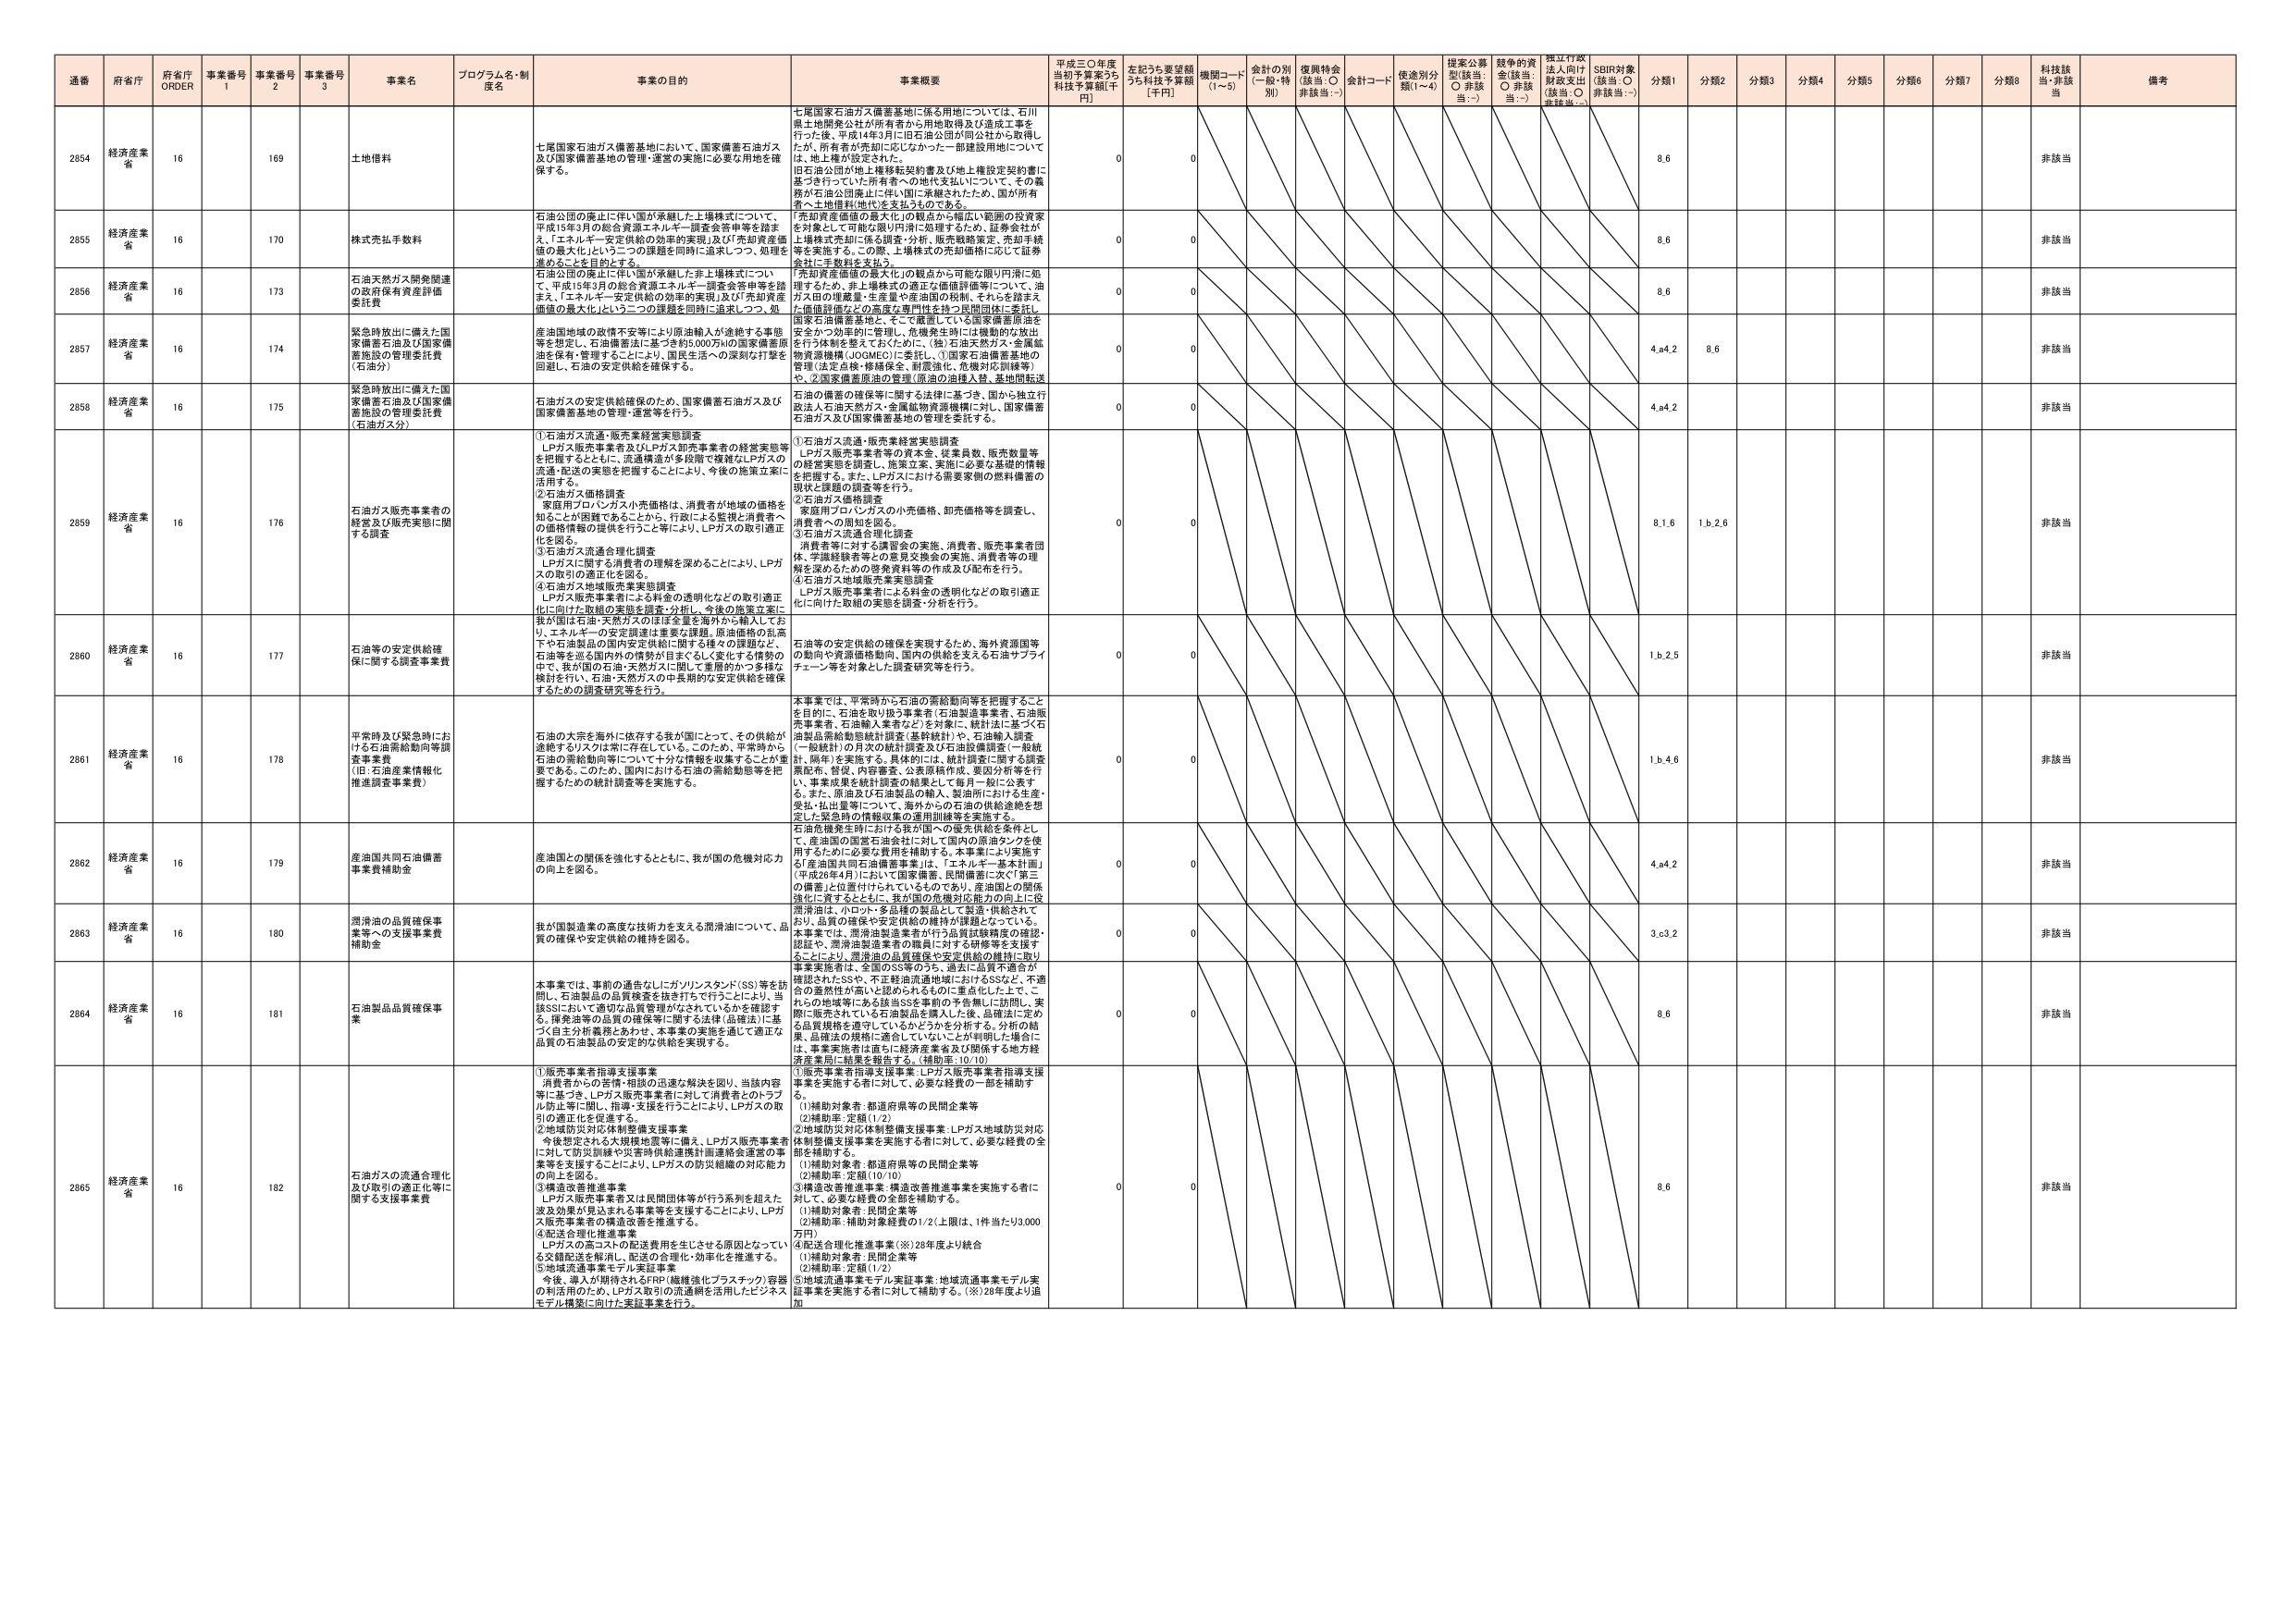
通番 府省庁 府省庁 ORDER 事業番号 1 事業番号 2 事業番号 3 事業名 プログラム名・制度名 事業の目的 事業概要 平成三〇年度当初予算案うち科技予算額[千円] 左記うち要望額うち科技予算額[千円] 機関コード(1~5) 会計の別(一般・特別) 復興特会(該当:○ 非該当:−) 会計コード 使途別分類(1~4) 提案公募型(該当:○ 非該当:−) 競争的資金(該当:○ 非該当:−) 独立行政法人向け財政支出(該当:○ 非該当:−) SDBI対象(該当:○ 非該当:−) 分類1 分類2 分類3 分類4 分類5 分類6 分類7 分類8 科技該当・非該当 備考

2854 経済産業省 16 169 土地借料 七尾国家石油ガス備蓄基地において、国家備蓄石油ガス及び国家備蓄基地の管理・運営の実施に必要な用地を確保する。 七尾国家石油ガス備蓄基地に係る用地については、石川県土地開発公社が所有者から用地取得及び造成工事を行った後、平成14年3月に旧石油公団が同公社から取得したが、所有者が先卸に応じなかった一部建設用地については、地上権が設定された。旧石油公団が地上権移転契約書及び地上権設定契約書に基づき行っていた所有者への地代支払いについて、その義務が石油公団廃止に伴い国に承継されたため、国が所有者へ土地借料(地代)を支払うものである。 0 0 8.6 非該当

2855 経済産業省 16 170 株式売却手数料 石油公団の廃止に伴い国が承継した上場株式について、平成15年3月の総合資源エネルギー調査会答申等を踏まえ、「エネルギー安定供給の効率的実現」及び「売却資産価値の最大化」という二つの課題を同時に追求しつつ、処理を進める。を目的とする。 「売却資産価値の最大化」の観点から幅広い範囲の投資家を対象として可能な限り円滑に処理するため、証券会社が上場株式売却に係る調査・分析、販売戦略策定、売却手続等を実施する。この際、上場株式の売却価格に応じて証券会社に手数料を支払う。 0 0 8.6 非該当

2856 経済産業省 16 173 石油天然ガス開発関連の政府保有資産評価委託費 石油公団の廃止に伴い国が承継した非上場株式について、平成15年3月の総合資源エネルギー調査会答申等を踏まえ、「エネルギー安定供給の効率的実現」及び「売却資産価値の最大化」という二つの課題を同時に追求しつつ、処理を進める。を目的とする。 「売却資産価値の最大化」の観点から可能な限り円滑に処理するため、非上場株式の適正な価値評価等について、油ガス田の埋蔵量・生産量や産油国の税制、それらを踏まえた価値評価などの高度な専門性を持つ民間団体に委託し、国家石油備蓄基地と、そこで蓄蔵している国家備蓄原油を安全かつ効率的に管理し、危機発生時には機動的な放出を行う体制を整えておくために、(独)石油天然ガス・金属鉱物資源機構(JOGMEC)に委託し、①国家石油備蓄基地の管理(法定点検・修繕保全、耐震強化、危機対応訓練等)、②国家備蓄原油の管理(原油の油種入替、基地間転送 0 0 8.6 非該当

2857 経済産業省 16 174 緊急時放出に備えた国家備蓄石油及び国家備蓄施設の管理委託費(石油分) 産油国地域の政情不安等により原油輸入が途絶する事態等を想定し、石油備蓄法に基づき約5,000万klの国家備蓄原油を保有・管理することにより、国民生活への深刻な打撃を回避し、石油の安定供給を確保する。 石油の備蓄の確保等に関する法律に基づき、国から独立行政法人石油天然ガス・金属鉱物資源機構に対し、国家備蓄石油ガス及び国家備蓄基地の管理を委託する。 0 0 4.a4.2 8.6 非該当

2858 経済産業省 16 175 緊急時放出に備えた国家備蓄石油及び国家備蓄施設の管理委託費(石油ガス分) 石油ガスの安定供給確保のため、国家備蓄石油ガス及び国家備蓄基地の管理・運営等を行う。 石油の備蓄の確保等に関する法律に基づき、国から独立行政法人石油天然ガス・金属鉱物資源機構に対し、国家備蓄石油ガス及び国家備蓄基地の管理を委託する。 0 0 4.a4.2 非該当

2859 経済産業省 16 176 石油ガス販売事業者の経営及び販売実態に関する調査 ①石油ガス流通・販売業経営実態調査 LPガス販売事業者及びLPガス卸売事業者の経営実態等を把握するとともに、流通構造が多段階で複雑なLPガスの流通・配送の実態を把握することにより、今後の施策立案に活用する。 ②石油ガス価格調査 家庭用プロパンガス小売価格は、消費者が地域の価格を知ることが困難であることから、行政による監視と消費者への価格情報の提供を行うこと等により、LPガスの取引適正化を図る。 ③石油ガス流通合理化調査 LPガスに関する消費者の理解を深めることにより、LPガスの取引の適正化を図る。 ④石油ガス地域販売業実態調査 LPガス販売事業者による料金の透明化などの取引適正化に向けた取組の実態を調査・分析し、今後の施策立案に ①石油ガス流通・販売業経営実態調査 LPガス販売事業者等の資本金、従業員数、販売数量等の経営実態を調査し、施策立案、実施に必要な基礎的情報を把握する。また、LPガスにおける需要家側の燃料備蓄の現状と課題の調査等を行う。 ②石油ガス価格調査 家庭用プロパンガスの小売価格、卸売価格等を調査し、消費者への周知を図る。 ③石油ガス流通合理化調査 消費者等に対する請負金の実施、消費者、販売事業者団体、学識経験者等との意見交換会の実施、消費者等の理解を深めるための啓発資料等の作成及び配布を行う。 ④石油ガス地域販売業実態調査 LPガス販売事業者による料金の透明化などの取引適正化に向けた取組の実態を調査・分析を行う。 0 0 8.1.6 1.b.2.6 非該当

2860 経済産業省 16 177 石油等の安定供給確保に関する調査事業費 我が国は石油・天然ガスのほぼ3分の2を海外から輸入しており、エネルギーの安定供給は重要な課題。原油価格の乱高下や石油製品の国内安定供給に関する種々の課題など、石油等を巡る国内外の情勢が目まぐるしく変化する情勢の中で、我が国の石油・天然ガスに関して重層的かつ多様な検討を行い、石油・天然ガスの中長期的な安定供給を確保するための調査研究等を行う。 石油等の安定供給の確保を実現するため、海外資源国等の動向や資源価格動向、国内の供給を支える石油サプライチェーン等を対象とした調査研究等を行う。 0 0 1.b.2.5 非該当

2861 経済産業省 16 178 平常時及び緊急時における石油需給動向等調査事業費 (旧、石油産業情報化推進調査事業費) 石油の大宗は海外に依存する我が国にとって、その供給が途絶するリスクは常に存在している。このため、平常時から石油の需給動向等について十分な情報を収集することが重要である。このため、国内における石油の需給動態等を把握するための統計調査等を実施する。 本事業では、平常時から石油の需給動向等を把握することを目的に、石油を取り扱う事業者(石油製造事業者、石油販売事業者、石油輸入業者など)を対象に、統計法に基づく石油製品需給動態統計調査(基幹統計)や、石油輸入調査(一般統計)の月次の統計調査及び石油設備調査(一般統計、隔年)を実施する。具体的には、統計調査に関する調査票配布、督促、内容審査、公表原稿作成、要因分析等を行い、事業成果を統計調査の結果として毎月一報に公表する。また、原油及び石油製品の輸入、製油所における生産・受払・払出量等について、海外からの石油の供給途絶を想定した緊急時の情報収集の運用訓練等を実施する。 0 0 1.b.4.6 非該当

2862 経済産業省 16 179 産油国共同石油備蓄事業費補助金 産油国との関係を強化するとともに、我が国の危機対応力の向上を図る。 石油危機発生時における我が国への優先供給を条件として、産油国の国営石油会社に対して国内の原油タンクを使用するために必要な費用を補助する。本事業により実施する「産油国共同石油備蓄事業」は、「エネルギー基本計画」(平成26年4月)において国家備蓄、民間備蓄に次ぐ「第三の備蓄」と位置付けられているものであり、産油国との関係強化に資するとともに、我が国の危機対応能力の向上に役 0 0 4.a4.2 非該当

2863 経済産業省 16 180 潤滑油の品質確保事業等への支援事業費補助金 我が国製造業の高度な技術力を支える潤滑油について、品質の確保や安定供給の維持を図る。 潤滑油は、小ロット・多品種の製品として製造・供給されており、品質の確保や安定供給の維持が課題となっている。本事業では、潤滑油製造業者が行う品質試験精度の確認・認証や、潤滑油製造業者の職員に対する研修等を支援することにより、潤滑油の品質確保や安定供給の維持に取り 0 0 3.c3.2 非該当

2864 経済産業省 16 181 石油製品品質確保事業 本事業では、事前の通告なしにガソリンスタンド(SS)等を訪問し、石油製品の品質検査を抜き打ちで行うことにより、当該SSにおいて適切に品質管理がなされているかを確認する。揮発油等の品質の確保等に関する法律(品確法)に基づく自主分析義務とあわせ、本事業の実施を通じて適正な品質の石油製品の安定的な供給を実現する。 0 0 8.6 非該当

2865 経済産業省 16 182 石油ガスの流通合理化及び取引の適正化等に関する支援事業費 ①販売事業者指導支援事業 消費者からの苦情・相談の迅速な解決を図り、当該内容等に基づき、LPガス販売事業者に対して消費者とのトラブル防止等に関し、指導・支援を行うことにより、LPガスの取引の適正化を促進する。 ②地域防災対応体制整備支援事業 今後想定される大規模地震等に備え、LPガス販売事業者に対して防災訓練や災害時供給連携計画連絡会運営の事業等を支援することにより、LPガスの防災組織の対応能力の向上を図る。 ③構造改善推進事業 LPガス販売事業者又は民間団体等が行う系列を超えた波及効果が見込まれる事業等を支援することにより、LPガス販売事業者の構造改善を推進する。 ④配送合理化推進事業 LPガスの高コストの配送費用を生じさせる原因となっている交錯配送を解消し、配送の合理化・効率化を推進する。 ⑤地域流通事業モデル実証事業 今後、導入が期待されるFRP(繊維強化プラスチック)容器の利活用のため、LPガス取引の流通網を活用したビジネスモデル構築に向けた実証事業を行う。 ①販売事業者指導支援事業:LPガス販売事業者指導支援事業を実施する者に対して、必要な経費の一部を補助する。 (1)補助対象者:都道府県等の民間企業等 (2)補助率:定額(1/2) ②地域防災対応体制整備支援事業:LPガス地域防災対応体制整備支援事業を実施する者に対して、必要な経費の全部を補助する。 (1)補助対象者:都道府県等の民間企業等 (2)補助率:定額(10/10) ③構造改善推進事業:構造改善推進事業を実施する者に対して、必要な経費の全部を補助する。 (1)補助対象者:民間企業等 (2)補助率:補助対象経費の1/2(上限は、1件当たり3,000万円) ④配送合理化推進事業(※)28年度より統合 (1)補助対象者:民間企業等 (2)補助率:定額(1/2) ⑤地域流通事業モデル実証事業:地域流通事業モデル実証事業を実施する者に対して補助する。(※)28年度より追加 0 0 8.6 非該当